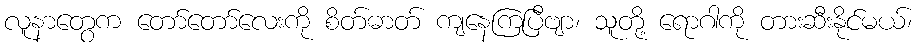
လူနာတွေက တော်တော်လေးကို စိတ်ဓာတ် ကျနေကြပြီဗျာ၊ သူတို့ ရောဂါကို တားဆီးနိုင်မယ်၊